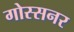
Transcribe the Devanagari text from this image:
गोस्सनर